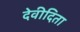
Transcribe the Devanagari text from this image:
देवीदिता